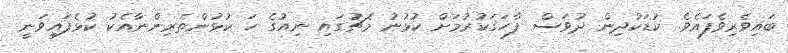
ބައިވެރިވެފައެވެ. ކުޑަކުދިން ދުވަސް ފާހަގަކުރުމަށް ކުޅުނު މެޗުގައި ނިއުގެ ހަ ކުޅުންތެރިންނާއެކު ކުޅެފައިވަނީ